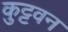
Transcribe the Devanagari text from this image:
कुट्टवन